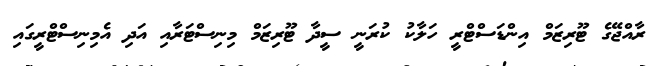
ރާއްޖޭގެ ޓޫރިޒަމް އިންޑަސްޓްރީ ހަލާކު ކުރަނީ ސީދާ ޓޫރިޒަމް މިނިސްޓަރާއި އަދި އެމިނިސްޓްރީގައި